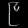
Digit: ၉